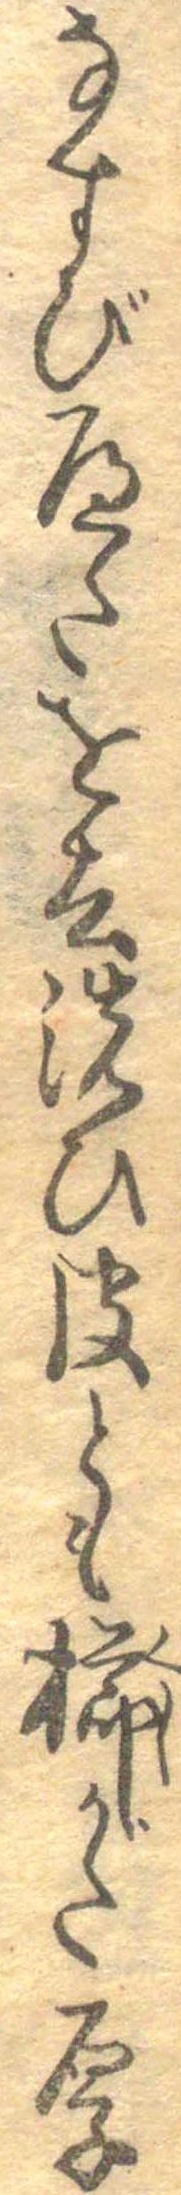
なすびへたを去洗ひ皮とも櫛がた厚